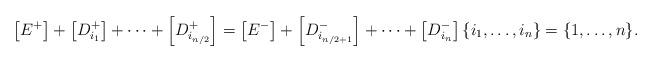
LaTeX: \begin{align*}\left[E^+\right]+\left[D_{i_1}^+\right]+\cdots+\left[D_{i_{n/2}}^+\right]=\left[E^-\right]+\left[D_{i_{n/2+1}}^-\right]+\cdots+\left[D_{i_{n}}^-\right] \{i_1,\dots,i_n\}=\{1,\dots,n\}.\end{align*}